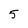
Character: 5